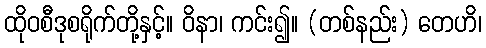
ထိုဝစီဒုစရိုက်တို့နှင့်။ ဝိနာ၊ ကင်း၍။ (တစ်နည်း) တေဟိ၊